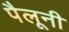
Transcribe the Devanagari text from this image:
पैलूनी